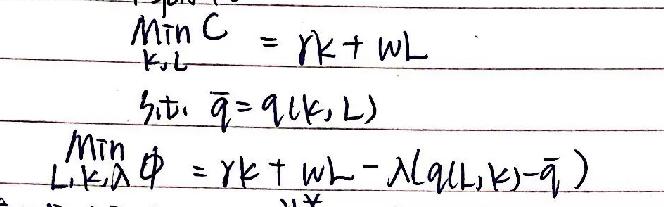
\begin{align*}
\underset{K,L}{\text{Min}}C&=rK + wL\\
\text{s.t. } \bar{q}&=q(K,L)\\
\underset{L,K,\lambda}{\text{Min}}\phi&=rK + wL-\lambda(q(L,K)-\bar{q})
\end{align*}